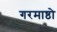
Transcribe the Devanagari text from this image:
गरमाष्ठो